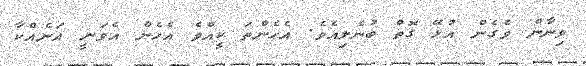
ވިނާން ވެގެން އުޅޭ ގޮތް ބުނެލިއެވެ. އެހެންތަ ކީއްވެ އެހެން އެވަނީ އަނެއްކާ